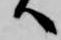
へ